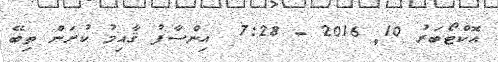
އޮކްޓޯބަރު 10